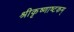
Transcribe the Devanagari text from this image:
श्रीकृष्णाष्टकम्